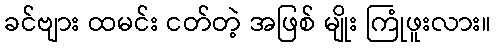
ခင်ဗျား ထမင်း ငတ်တဲ့ အဖြစ် မျိုး ကြုံဖူးလား။